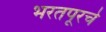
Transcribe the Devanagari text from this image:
भरतपूरचे